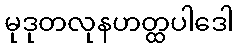
မုဒုတလုနဟတ္ထပါဒေါ